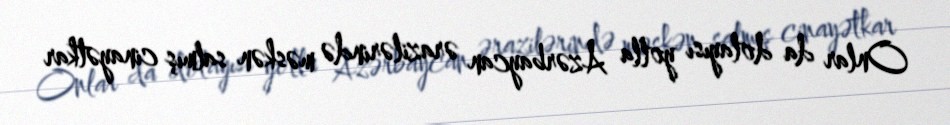
Onlar da dolayısı yolla Azərbaycan ərazilərində məskən salmış cinayətkar